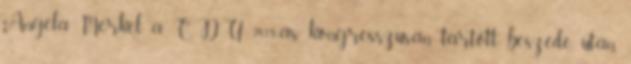
Angela Merkel a CDU 2018-as kongresszusán tartott beszéde után.